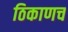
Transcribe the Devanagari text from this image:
ठिकाणच